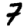
Digit: 7